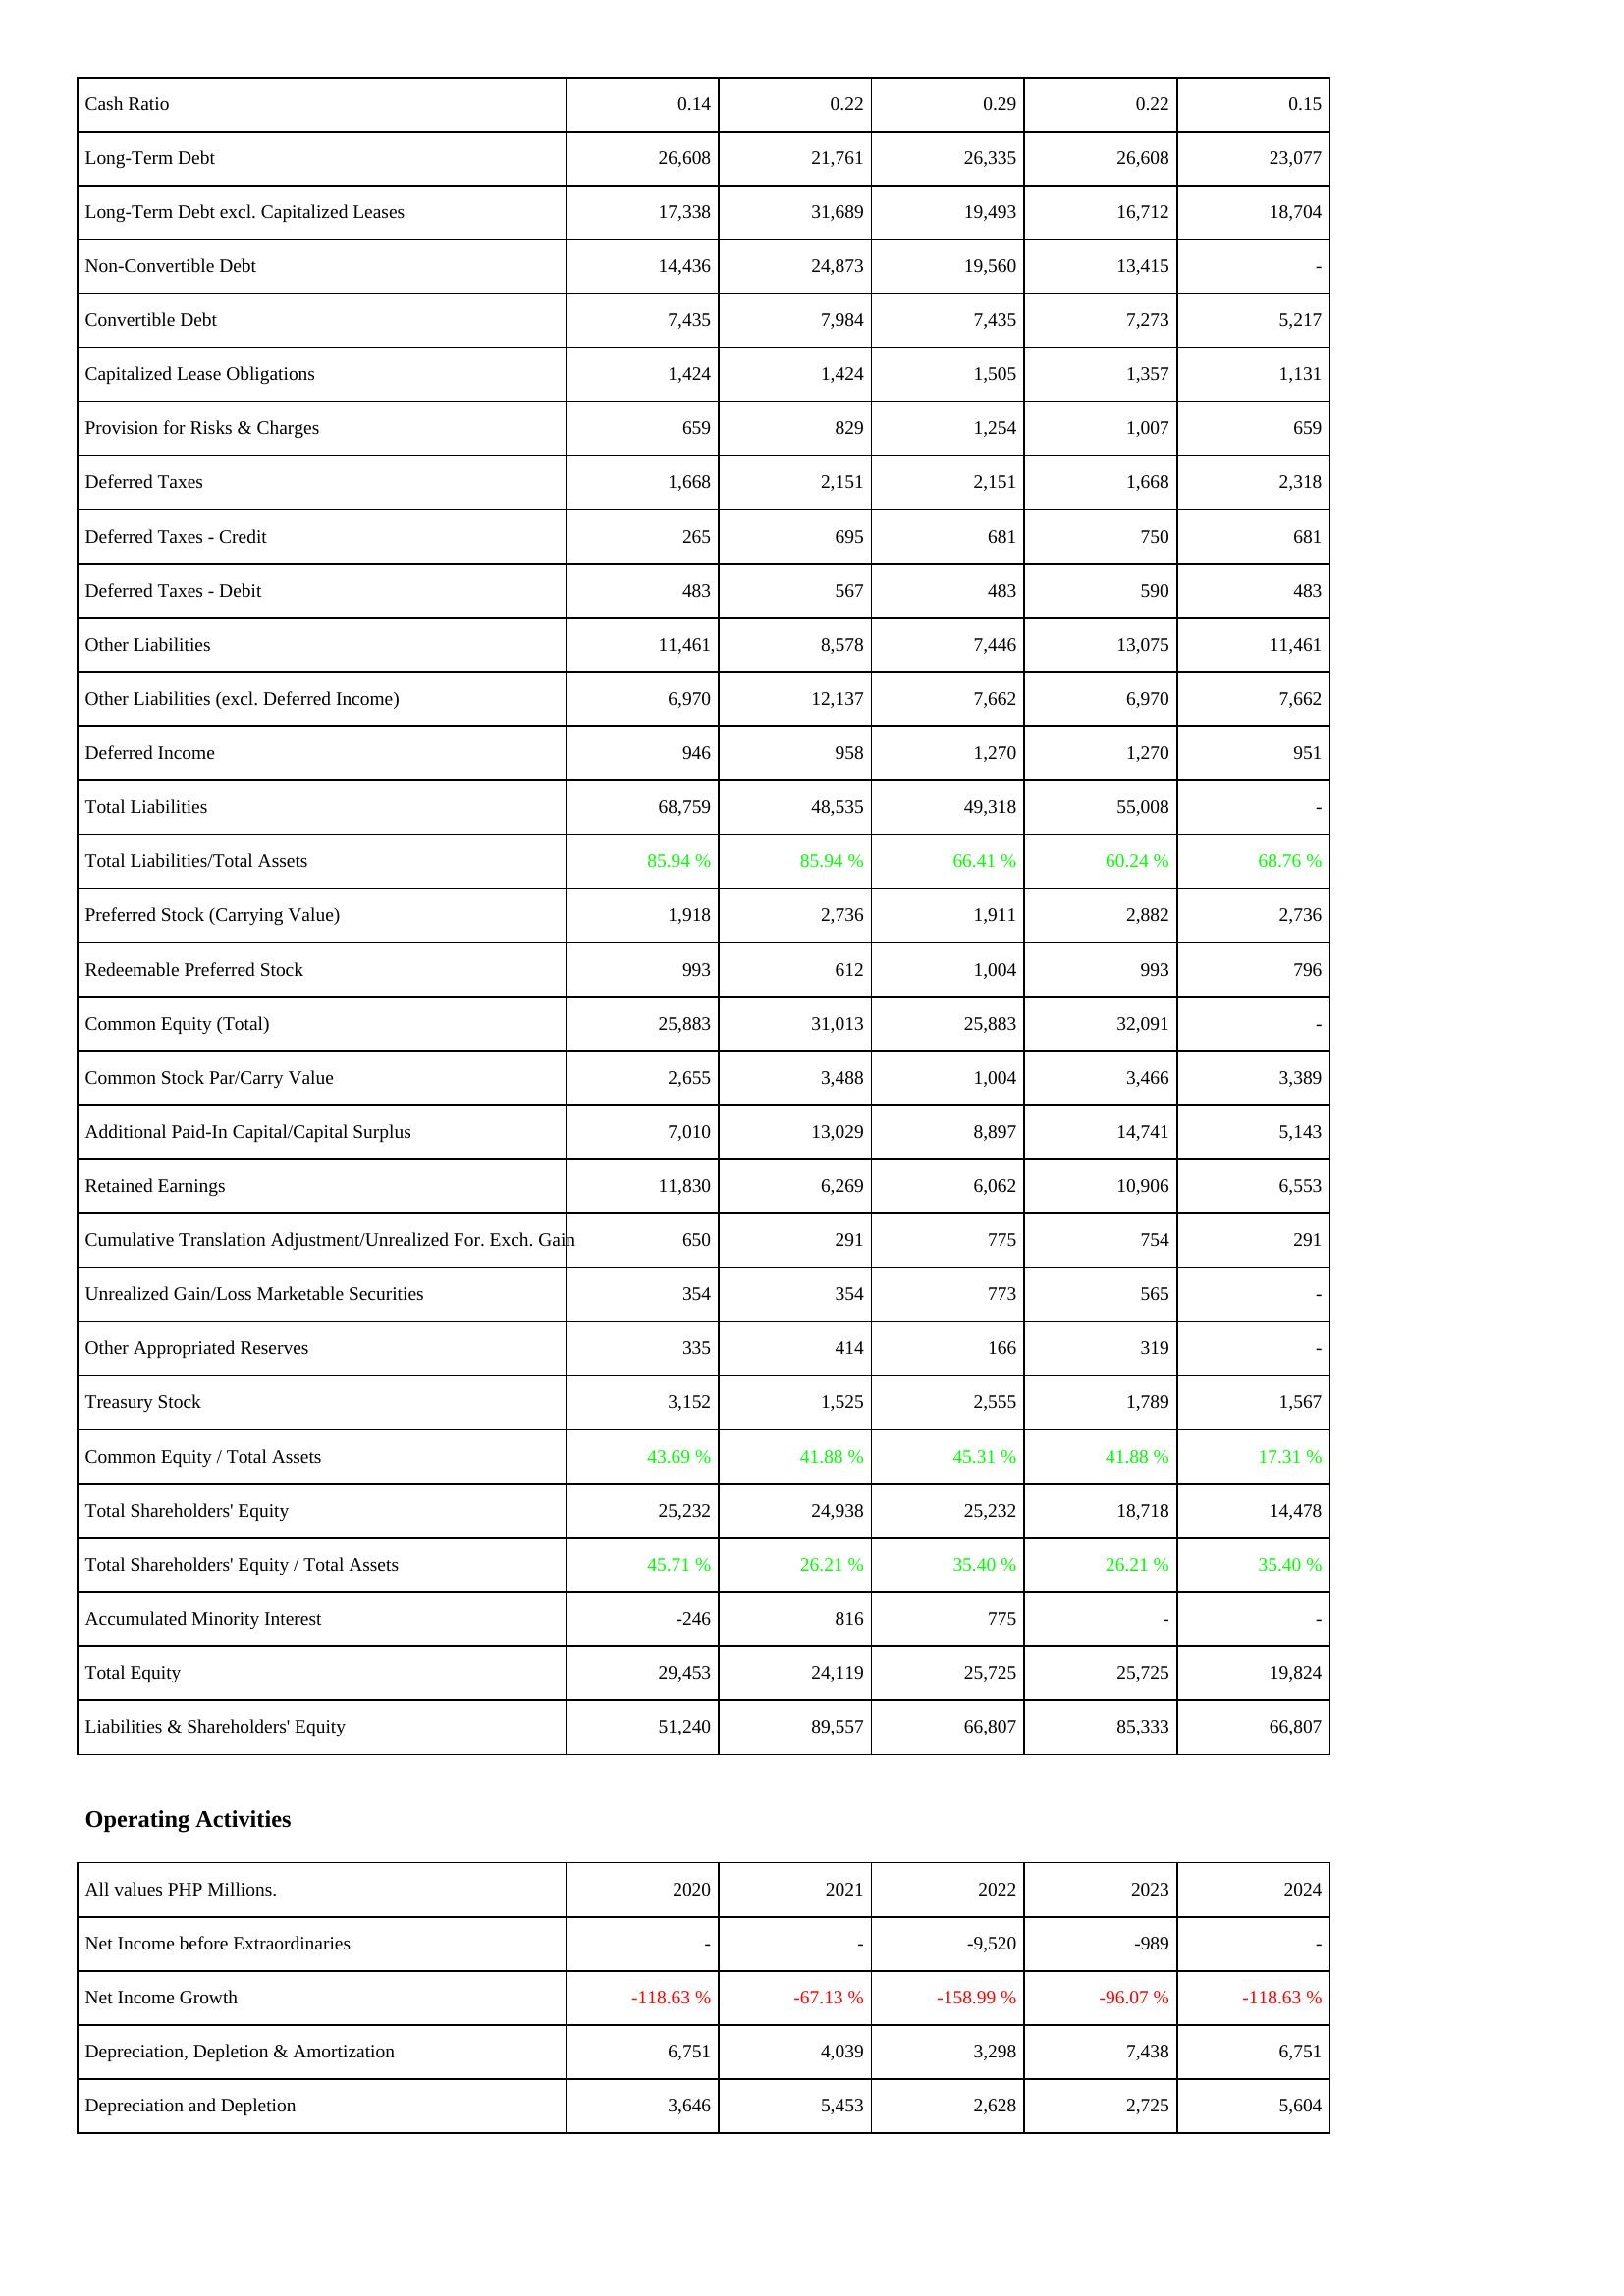
2020: Liabilities & Shareholders' Equity: Cash Ratio: 0.14
Long-Term Debt: 26,608
Long-Term Debt excl. Capitalized Leases: 17,338
Non-Convertible Debt: 14,436
Convertible Debt: 7,435
Capitalized Lease Obligations: 1,424
Provision for Risks & Charges: 659
Deferred Taxes: 1,668
Deferred Taxes - Credit: 265
Deferred Taxes - Debit: 483
Other Liabilities: 11,461
Other Liabilities (excl. Deferred Income): 6,970
Deferred Income: 946
Total Liabilities: 68,759
Total Liabilities/Total Assets: 85.94 %
Preferred Stock (Carrying Value): 1,918
Redeemable Preferred Stock: 993
Common Equity (Total): 25,883
Common Stock Par/Carry Value: 2,655
Additional Paid-In Capital/Capital Surplus: 7,010
Retained Earnings: 11,830
Cumulative Translation Adjustment/Unrealized For. Exch. Gain: 650
Unrealized Gain/Loss Marketable Securities: 354
Other Appropriated Reserves: 335
Treasury Stock: 3,152
Common Equity / Total Assets: 43.69 %
Total Shareholders' Equity: 25,232
Total Shareholders' Equity / Total Assets: 45.71 %
Accumulated Minority Interest: -246
Total Equity: 29,453
Liabilities & Shareholders' Equity: 51,240
Operating Activities: Net Income before Extraordinaries: -
Net Income Growth: -118.63 %
Depreciation, Depletion & Amortization: 6,751
Depreciation and Depletion: 3,646
2021: Liabilities & Shareholders' Equity: Cash Ratio: 0.22
Long-Term Debt: 21,761
Long-Term Debt excl. Capitalized Leases: 31,689
Non-Convertible Debt: 24,873
Convertible Debt: 7,984
Capitalized Lease Obligations: 1,424
Provision for Risks & Charges: 829
Deferred Taxes: 2,151
Deferred Taxes - Credit: 695
Deferred Taxes - Debit: 567
Other Liabilities: 8,578
Other Liabilities (excl. Deferred Income): 12,137
Deferred Income: 958
Total Liabilities: 48,535
Total Liabilities/Total Assets: 85.94 %
Preferred Stock (Carrying Value): 2,736
Redeemable Preferred Stock: 612
Common Equity (Total): 31,013
Common Stock Par/Carry Value: 3,488
Additional Paid-In Capital/Capital Surplus: 13,029
Retained Earnings: 6,269
Cumulative Translation Adjustment/Unrealized For. Exch. Gain: 291
Unrealized Gain/Loss Marketable Securities: 354
Other Appropriated Reserves: 414
Treasury Stock: 1,525
Common Equity / Total Assets: 41.88 %
Total Shareholders' Equity: 24,938
Total Shareholders' Equity / Total Assets: 26.21 %
Accumulated Minority Interest: 816
Total Equity: 24,119
Liabilities & Shareholders' Equity: 89,557
Operating Activities: Net Income before Extraordinaries: -
Net Income Growth: -67.13 %
Depreciation, Depletion & Amortization: 4,039
Depreciation and Depletion: 5,453
2022: Liabilities & Shareholders' Equity: Cash Ratio: 0.29
Long-Term Debt: 26,335
Long-Term Debt excl. Capitalized Leases: 19,493
Non-Convertible Debt: 19,560
Convertible Debt: 7,435
Capitalized Lease Obligations: 1,505
Provision for Risks & Charges: 1,254
Deferred Taxes: 2,151
Deferred Taxes - Credit: 681
Deferred Taxes - Debit: 483
Other Liabilities: 7,446
Other Liabilities (excl. Deferred Income): 7,662
Deferred Income: 1,270
Total Liabilities: 49,318
Total Liabilities/Total Assets: 66.41 %
Preferred Stock (Carrying Value): 1,911
Redeemable Preferred Stock: 1,004
Common Equity (Total): 25,883
Common Stock Par/Carry Value: 1,004
Additional Paid-In Capital/Capital Surplus: 8,897
Retained Earnings: 6,062
Cumulative Translation Adjustment/Unrealized For. Exch. Gain: 775
Unrealized Gain/Loss Marketable Securities: 773
Other Appropriated Reserves: 166
Treasury Stock: 2,555
Common Equity / Total Assets: 45.31 %
Total Shareholders' Equity: 25,232
Total Shareholders' Equity / Total Assets: 35.40 %
Accumulated Minority Interest: 775
Total Equity: 25,725
Liabilities & Shareholders' Equity: 66,807
Operating Activities: Net Income before Extraordinaries: -9,520
Net Income Growth: -158.99 %
Depreciation, Depletion & Amortization: 3,298
Depreciation and Depletion: 2,628
2023: Liabilities & Shareholders' Equity: Cash Ratio: 0.22
Long-Term Debt: 26,608
Long-Term Debt excl. Capitalized Leases: 16,712
Non-Convertible Debt: 13,415
Convertible Debt: 7,273
Capitalized Lease Obligations: 1,357
Provision for Risks & Charges: 1,007
Deferred Taxes: 1,668
Deferred Taxes - Credit: 750
Deferred Taxes - Debit: 590
Other Liabilities: 13,075
Other Liabilities (excl. Deferred Income): 6,970
Deferred Income: 1,270
Total Liabilities: 55,008
Total Liabilities/Total Assets: 60.24 %
Preferred Stock (Carrying Value): 2,882
Redeemable Preferred Stock: 993
Common Equity (Total): 32,091
Common Stock Par/Carry Value: 3,466
Additional Paid-In Capital/Capital Surplus: 14,741
Retained Earnings: 10,906
Cumulative Translation Adjustment/Unrealized For. Exch. Gain: 754
Unrealized Gain/Loss Marketable Securities: 565
Other Appropriated Reserves: 319
Treasury Stock: 1,789
Common Equity / Total Assets: 41.88 %
Total Shareholders' Equity: 18,718
Total Shareholders' Equity / Total Assets: 26.21 %
Accumulated Minority Interest: -
Total Equity: 25,725
Liabilities & Shareholders' Equity: 85,333
Operating Activities: Net Income before Extraordinaries: -989
Net Income Growth: -96.07 %
Depreciation, Depletion & Amortization: 7,438
Depreciation and Depletion: 2,725
2024: Liabilities & Shareholders' Equity: Cash Ratio: 0.15
Long-Term Debt: 23,077
Long-Term Debt excl. Capitalized Leases: 18,704
Non-Convertible Debt: -
Convertible Debt: 5,217
Capitalized Lease Obligations: 1,131
Provision for Risks & Charges: 659
Deferred Taxes: 2,318
Deferred Taxes - Credit: 681
Deferred Taxes - Debit: 483
Other Liabilities: 11,461
Other Liabilities (excl. Deferred Income): 7,662
Deferred Income: 951
Total Liabilities: -
Total Liabilities/Total Assets: 68.76 %
Preferred Stock (Carrying Value): 2,736
Redeemable Preferred Stock: 796
Common Equity (Total): -
Common Stock Par/Carry Value: 3,389
Additional Paid-In Capital/Capital Surplus: 5,143
Retained Earnings: 6,553
Cumulative Translation Adjustment/Unrealized For. Exch. Gain: 291
Unrealized Gain/Loss Marketable Securities: -
Other Appropriated Reserves: -
Treasury Stock: 1,567
Common Equity / Total Assets: 17.31 %
Total Shareholders' Equity: 14,478
Total Shareholders' Equity / Total Assets: 35.40 %
Accumulated Minority Interest: -
Total Equity: 19,824
Liabilities & Shareholders' Equity: 66,807
Operating Activities: Net Income before Extraordinaries: -
Net Income Growth: -118.63 %
Depreciation, Depletion & Amortization: 6,751
Depreciation and Depletion: 5,604